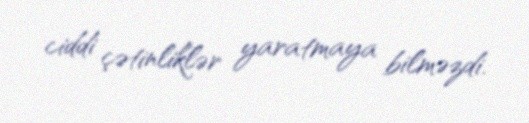
ciddi çətinliklər yaratmaya bilməzdi.